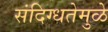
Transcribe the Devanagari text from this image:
संदिग्धतेमुळे